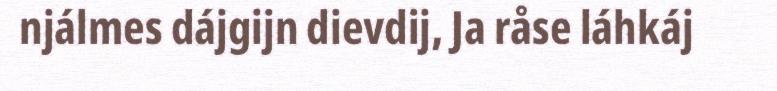
njálmes dájgijn dievdij, Ja råse láhkáj